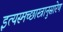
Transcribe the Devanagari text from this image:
इत्यस्मच्छास्त्रानुसारेण